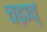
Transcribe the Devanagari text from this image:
चढ़ाव्